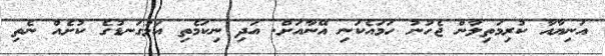
އަނިޔާއާ ކުރިމަތިލާން ޖެހުނު ހަމައެކަނި އޭނާއަށް. އަދި ނިކަމެތި އަޅުގަނޑުގެ ކުށެއް ނެތި